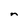
Character: n